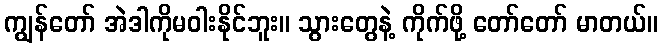
ကျွန်တော် အဲဒါကိုမဝါးနိုင်ဘူး။ သွားတွေနဲ့ ကိုက်ဖို့ တော်တော် မာတယ်။